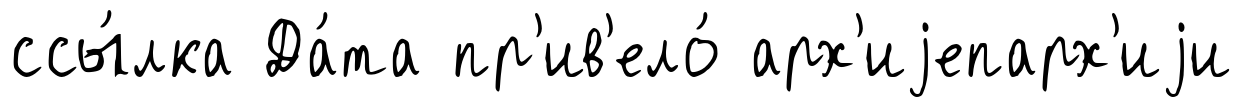
ссы́лка Да́та пр'ив'ело́ арх'иjепарх'иjи